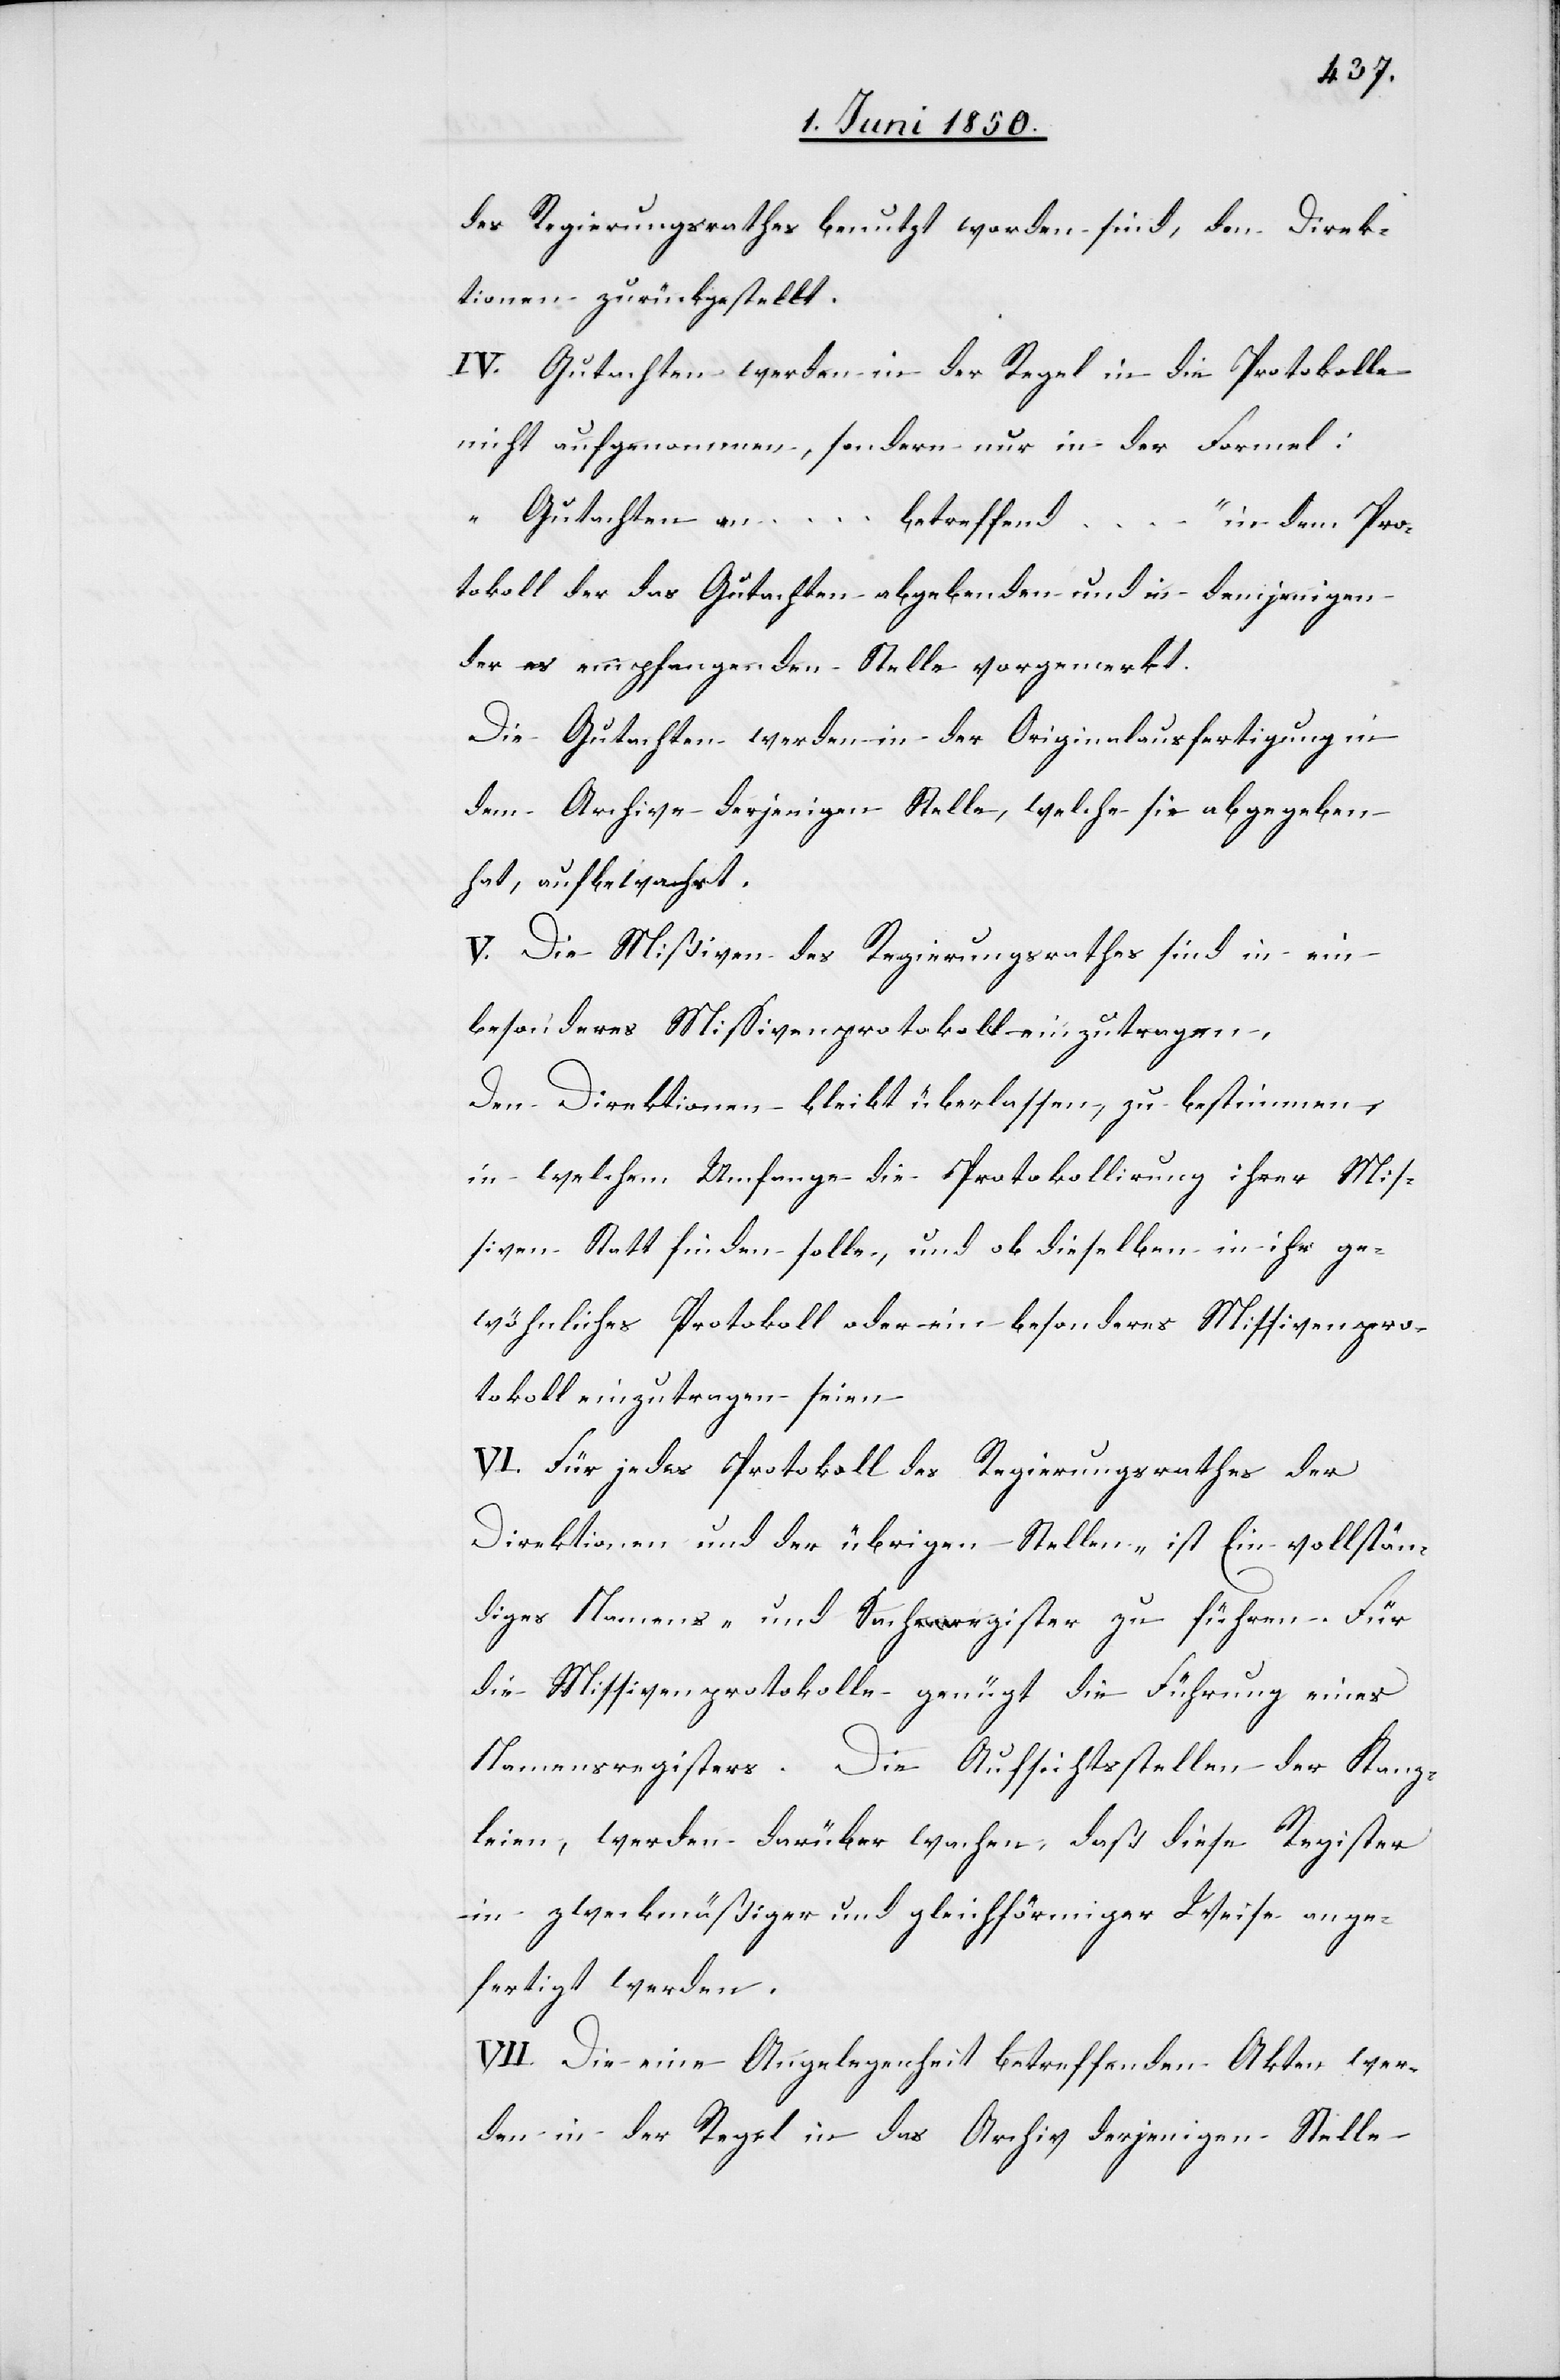
des Regierungsrathes benutzt worden sind, den Direk¬
tionen zurückgestellt.
IV. Gutachten werden in der Regel in die Protokolle
nicht aufgenommen, sondern nur in der Formel:
„Gutachten an … betreffend
…“ in dem Pro¬
tokoll der das Gutachten abgebenden und in demjenigen
der es empfangenden Stelle vorgemerkt.
Die Gutachten werden in der Originalausfertigung in
dem Archive derjenigen Stelle, welche sie abgegeben
hat, aufbewahrt.
V. Die Mißiven des Regierungsrathes sind in ein
besonderes Missivenprotokoll einzutragen.
Den Direktionen bleibt überlassen, zu bestimmen,
in welchem Umfange die Protokollirung ihrer Mis¬
siven Statt finden solle, und ob dieselben in ihr ge¬
wöhnliches Protokoll oder ein besonderes Missivenpro¬
tokoll einzutragen seien.
VI. Für jedes Protokoll des Regierungsrathes der
Direktionen und der übrigen Stellen- ist Ein vollstän¬
diges Namens- und Sachregister zu führen. Für
die Missivenprotokolle genügt die Führung eines
Namensregisters. Die Aufsichtsstellen der Kanz¬
leien, werden darüber wachen, daß diese Register
in zweckmäßiger und gleichförmiger Weise ange¬
fertigt werden.
VII. Die eine Angelegenheit betreffenden Akten wer¬
den in der Regel in das Archiv derjenigen Stelle